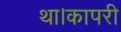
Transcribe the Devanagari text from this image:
था।कापरी